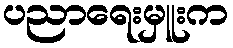
ပညာရေးမှူးက